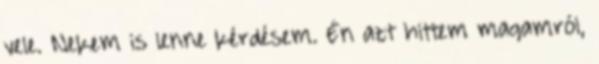
vele. Nekem is lenne kérdésem. Én azt hittem magamról,